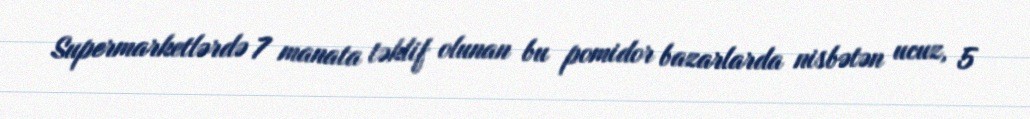
Supermarketlərdə 7 manata təklif olunan bu pomidor bazarlarda nisbətən ucuz, 5